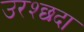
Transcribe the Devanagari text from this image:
उरश्छदा